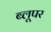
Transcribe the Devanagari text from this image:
ब्लूपर